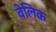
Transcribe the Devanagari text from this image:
वेलिक